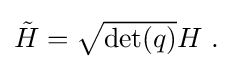
{\textstyle {\tilde {H}}={\sqrt {\det(q)}}H~.}